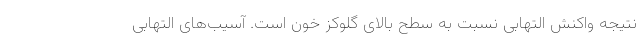
نتیجه واکنش التهابی نسبت به سطح بالای گلوکز خون است. آسیب‌های التهابی